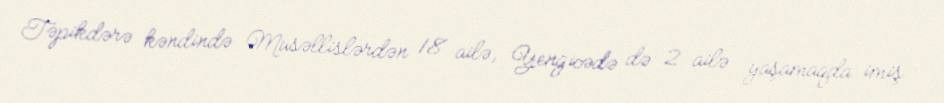
Təpikdərə kəndində Musəllislərdən 18 ailə, Yengicədə də 2 ailə yaşamaqda imiş.